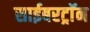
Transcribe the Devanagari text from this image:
साईबरट्राॅन